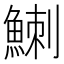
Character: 䱨